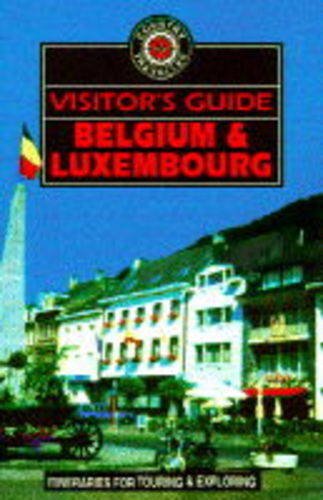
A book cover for Belgium & Luxembourg: World Traveller (Visitor's Guides); Dan Finlay; Travel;